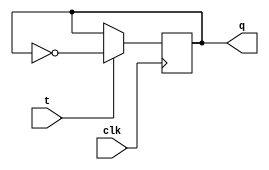
module t_flip_flop (
    input wire clk,
    input wire t,
    output reg q
);

always @(posedge clk) begin
    if (t) begin
        q <= ~q; // Toggle Q when T is high
    end
end

endmodule